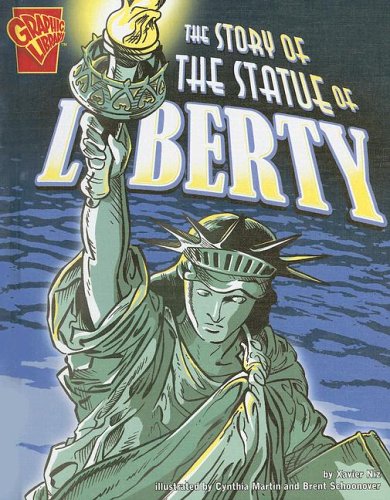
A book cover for The Story of the Statue of Liberty (Graphic History); Xavier W. Niz; Children's Books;